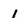
Character: 1